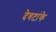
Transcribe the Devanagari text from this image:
देवटांके